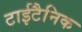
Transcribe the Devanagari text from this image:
टाईटैनिक